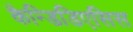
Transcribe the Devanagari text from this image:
कैन्डिडिएसिस